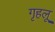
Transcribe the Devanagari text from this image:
गृहलू